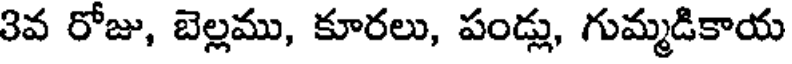
3వ రోజు, బెల్లము, కూరలు, పండ్లు, గుమ్మడికాయ